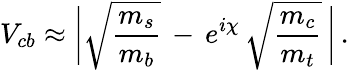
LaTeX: V_{cb}\approx\bigg|\sqrt{\frac{m_{s}}{m_{b}}}\, -\, e^{i\chi}\, \sqrt{\frac{m_{c}}{m_{t}}}\, \bigg|\, .